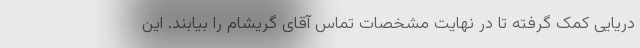
دریایی کمک گرفته تا در نهایت مشخصات تماس آقای گریشام را بیابند. این